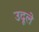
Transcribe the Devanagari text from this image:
उदूले